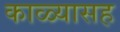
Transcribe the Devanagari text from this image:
काळ्यासह